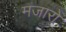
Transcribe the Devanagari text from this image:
मजारो